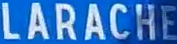
LARACHE